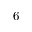
6